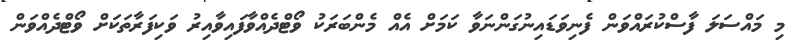
މި މައްސަލަ ފާސްކުރައްވަން ފެނިވަޑައިނުގަންނަވާ ކަމަށް އެއް މެންބަރަކު ވޯޓްދެއްވާފައިވާއިރު ވަކިފަރާތަކަށް ވޯޓްދެއްވަން